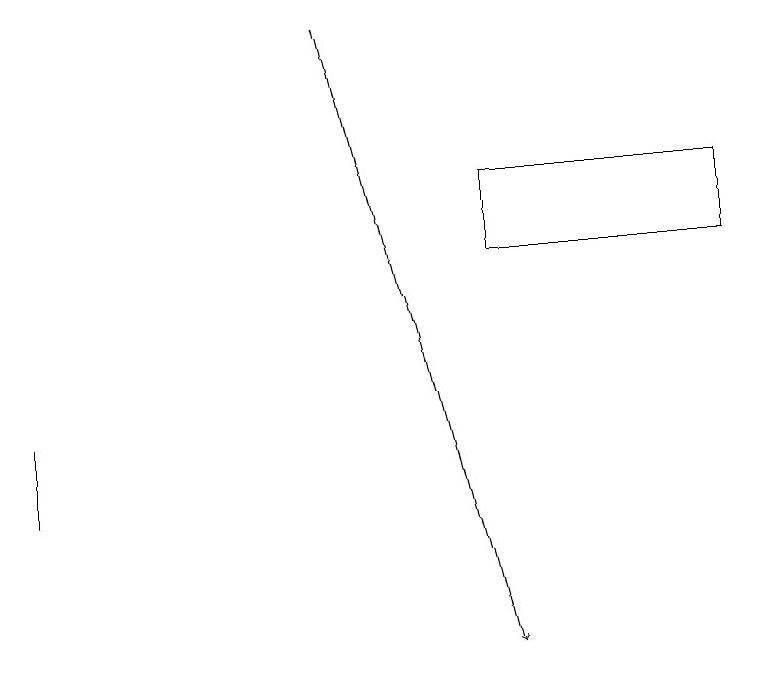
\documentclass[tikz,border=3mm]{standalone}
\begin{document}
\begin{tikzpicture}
\draw (9,17) rectangle (6,16);
\draw[->] (4,19) -- (6,11);
\draw (0,13) rectangle (0,14);
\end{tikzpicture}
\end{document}